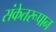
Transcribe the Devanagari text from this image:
संकेतरूपान